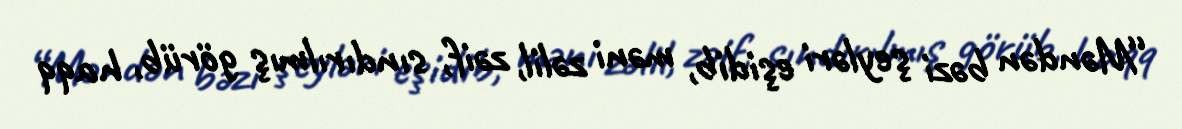
“Məndən bəzi şeyləri eşidib, məni zəlil, zəif, sındırılmış görüb, haqq